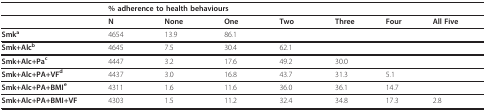
<table><thead><tr><td></td><td colspan="4"><b>% adherence to health behaviours</b></td><td></td><td></td><td></td></tr></thead><tbody><tr><td></td><td><b>N</b></td><td><b>None</b></td><td><b>One</b></td><td><b>Two</b></td><td><b>Three</b></td><td><b>Four</b></td><td><b>All Five</b></td></tr><tr><td><b>Smk</b><sup><b>a</b></sup></td><td>4654</td><td>13.9</td><td>86.1</td><td></td><td></td><td></td><td></td></tr><tr><td><b>Smk+Alc</b><sup><b>b</b></sup></td><td>4645</td><td>7.5</td><td>30.4</td><td>62.1</td><td></td><td></td><td></td></tr><tr><td><b>Smk+Alc+Pa</b><sup><b>c</b></sup></td><td>4447</td><td>3.2</td><td>17.6</td><td>49.2</td><td>30.0</td><td></td><td></td></tr><tr><td><b>Smk+Alc+PA+VF</b><sup><b>d</b></sup></td><td>4437</td><td>3.0</td><td>16.8</td><td>43.7</td><td>31.3</td><td>5.1</td><td></td></tr><tr><td><b>Smk+Alc+PA+BMI</b><sup><b>e</b></sup></td><td>4311</td><td>1.6</td><td>11.6</td><td>36.0</td><td>36.1</td><td>14.7</td><td></td></tr><tr><td><b>Smk+Alc+PA+BMI+VF</b></td><td>4303</td><td>1.5</td><td>11.2</td><td>32.4</td><td>34.8</td><td>17.3</td><td>2.8</td></tr></tbody></table>